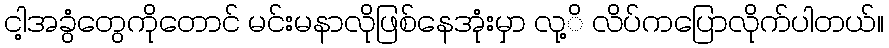
ငါ့အခွံတွေကိုတောင် မင်းမနာလိုဖြစ်နေအုံးမှာ လု့ိ လိပ်ကပြောလိုက်ပါတယ်။